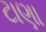
ટાણા